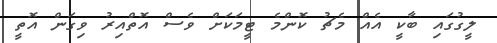
ލީގުގައި ބާކީ އެއް މެޗު ކޮންމެ ޓީމަކަށް ވެސް އޮތްއިރު ވިގަން އޮތީ